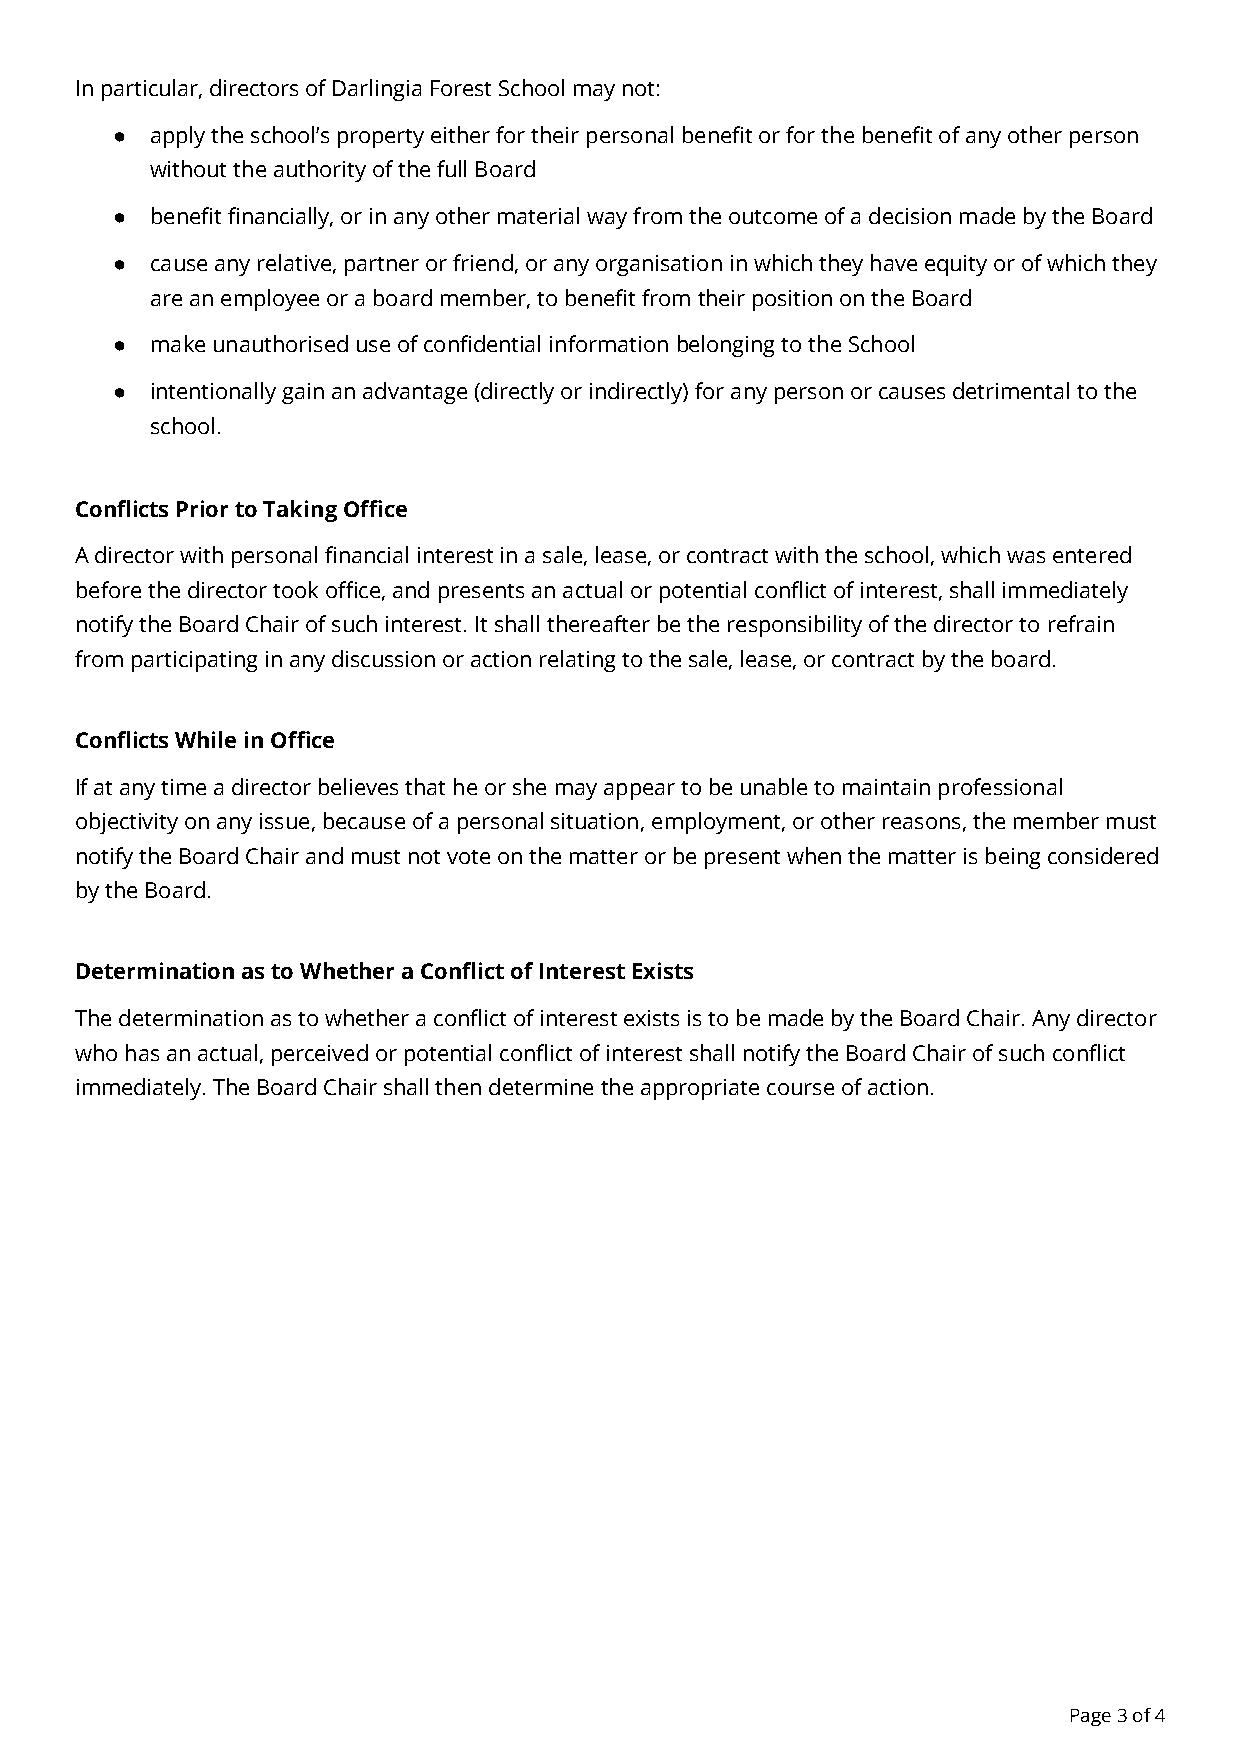
In particular, directors of Darlingia Forest School may not:
 ●  apply the school’s property either for their personalbenefit or for the benefit of any other person
 without the authority of the full Board
 ●  benefit financially, or in any other material wayfrom the outcome of a decision made by the Board
 ●  cause any relative, partner or friend, or any organisationin which they have equity or of which they
 are an employee or a board member, to benefit fromtheir position on the Board
 ●  make unauthorised use of confidential informationbelonging to the School
 ●  intentionally gain an advantage (directly or indirectly)for any person or causes detrimental to the
 school.
 Conflicts Prior to Taking Office
 A director with personal financial interest in a sale,lease, or contract with the school, which was entered
 before the director took office, and presents an actualor potential conflict of interest, shall immediately
 notify the Board Chair of such interest. It shallthereafter be the responsibility of the director torefrain
 from participating in any discussion or action relatingto the sale, lease, or contract by the board.
 Conflicts While in Office
 If at any time a director believes that he or shemay appear to be unable to maintain professional
 objectivity on any issue, because of a personal situation,employment, or other reasons, the member must
 notify the Board Chair and must not vote on the matteror be present when the matter is being considered
 by the Board.
 Determination as to Whether a Conflict of InterestExists
 The determination as to whether a conflict of interestexists is to be made by the Board Chair. Any director
 who has an actual, perceived or potential conflictof interest shall notify the Board Chair of suchconflict
 immediately. The Board Chair shall then determinethe appropriate course of action.
 Page3of4